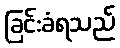
ခြင်းခံရသည်